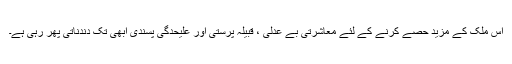
اس ملک کے مزید حصے کرنے کے لئے معاشرتی بے عدلی ، قبیلہ پرستی اور علیحدگی پسندی ابھی تک دندناتی پھر رہی ہے۔